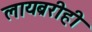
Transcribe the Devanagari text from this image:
लायब्ररीही